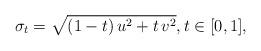
LaTeX: \begin{align*}\sigma_t=\sqrt{(1-t)\, u^2 + t\, v^2},t\in[0,1],\end{align*}